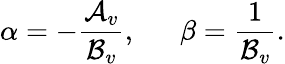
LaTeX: \alpha=-{\frac{{\cal A}_{v}}{{\cal B}_{v}}},\, \, \, \, \, \, \, \, \, \beta={\frac{1}{{\cal B}_{v}}}.